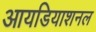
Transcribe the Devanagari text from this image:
आयडियाशनल